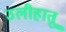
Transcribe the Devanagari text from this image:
उलीहातू